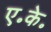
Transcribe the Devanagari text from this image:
ए॰के॰